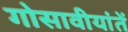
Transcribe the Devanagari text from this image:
गोसावीयांतें